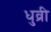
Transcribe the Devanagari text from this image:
धुव्री